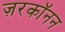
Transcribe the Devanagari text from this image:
ज़रकॉनन